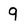
Character: 9